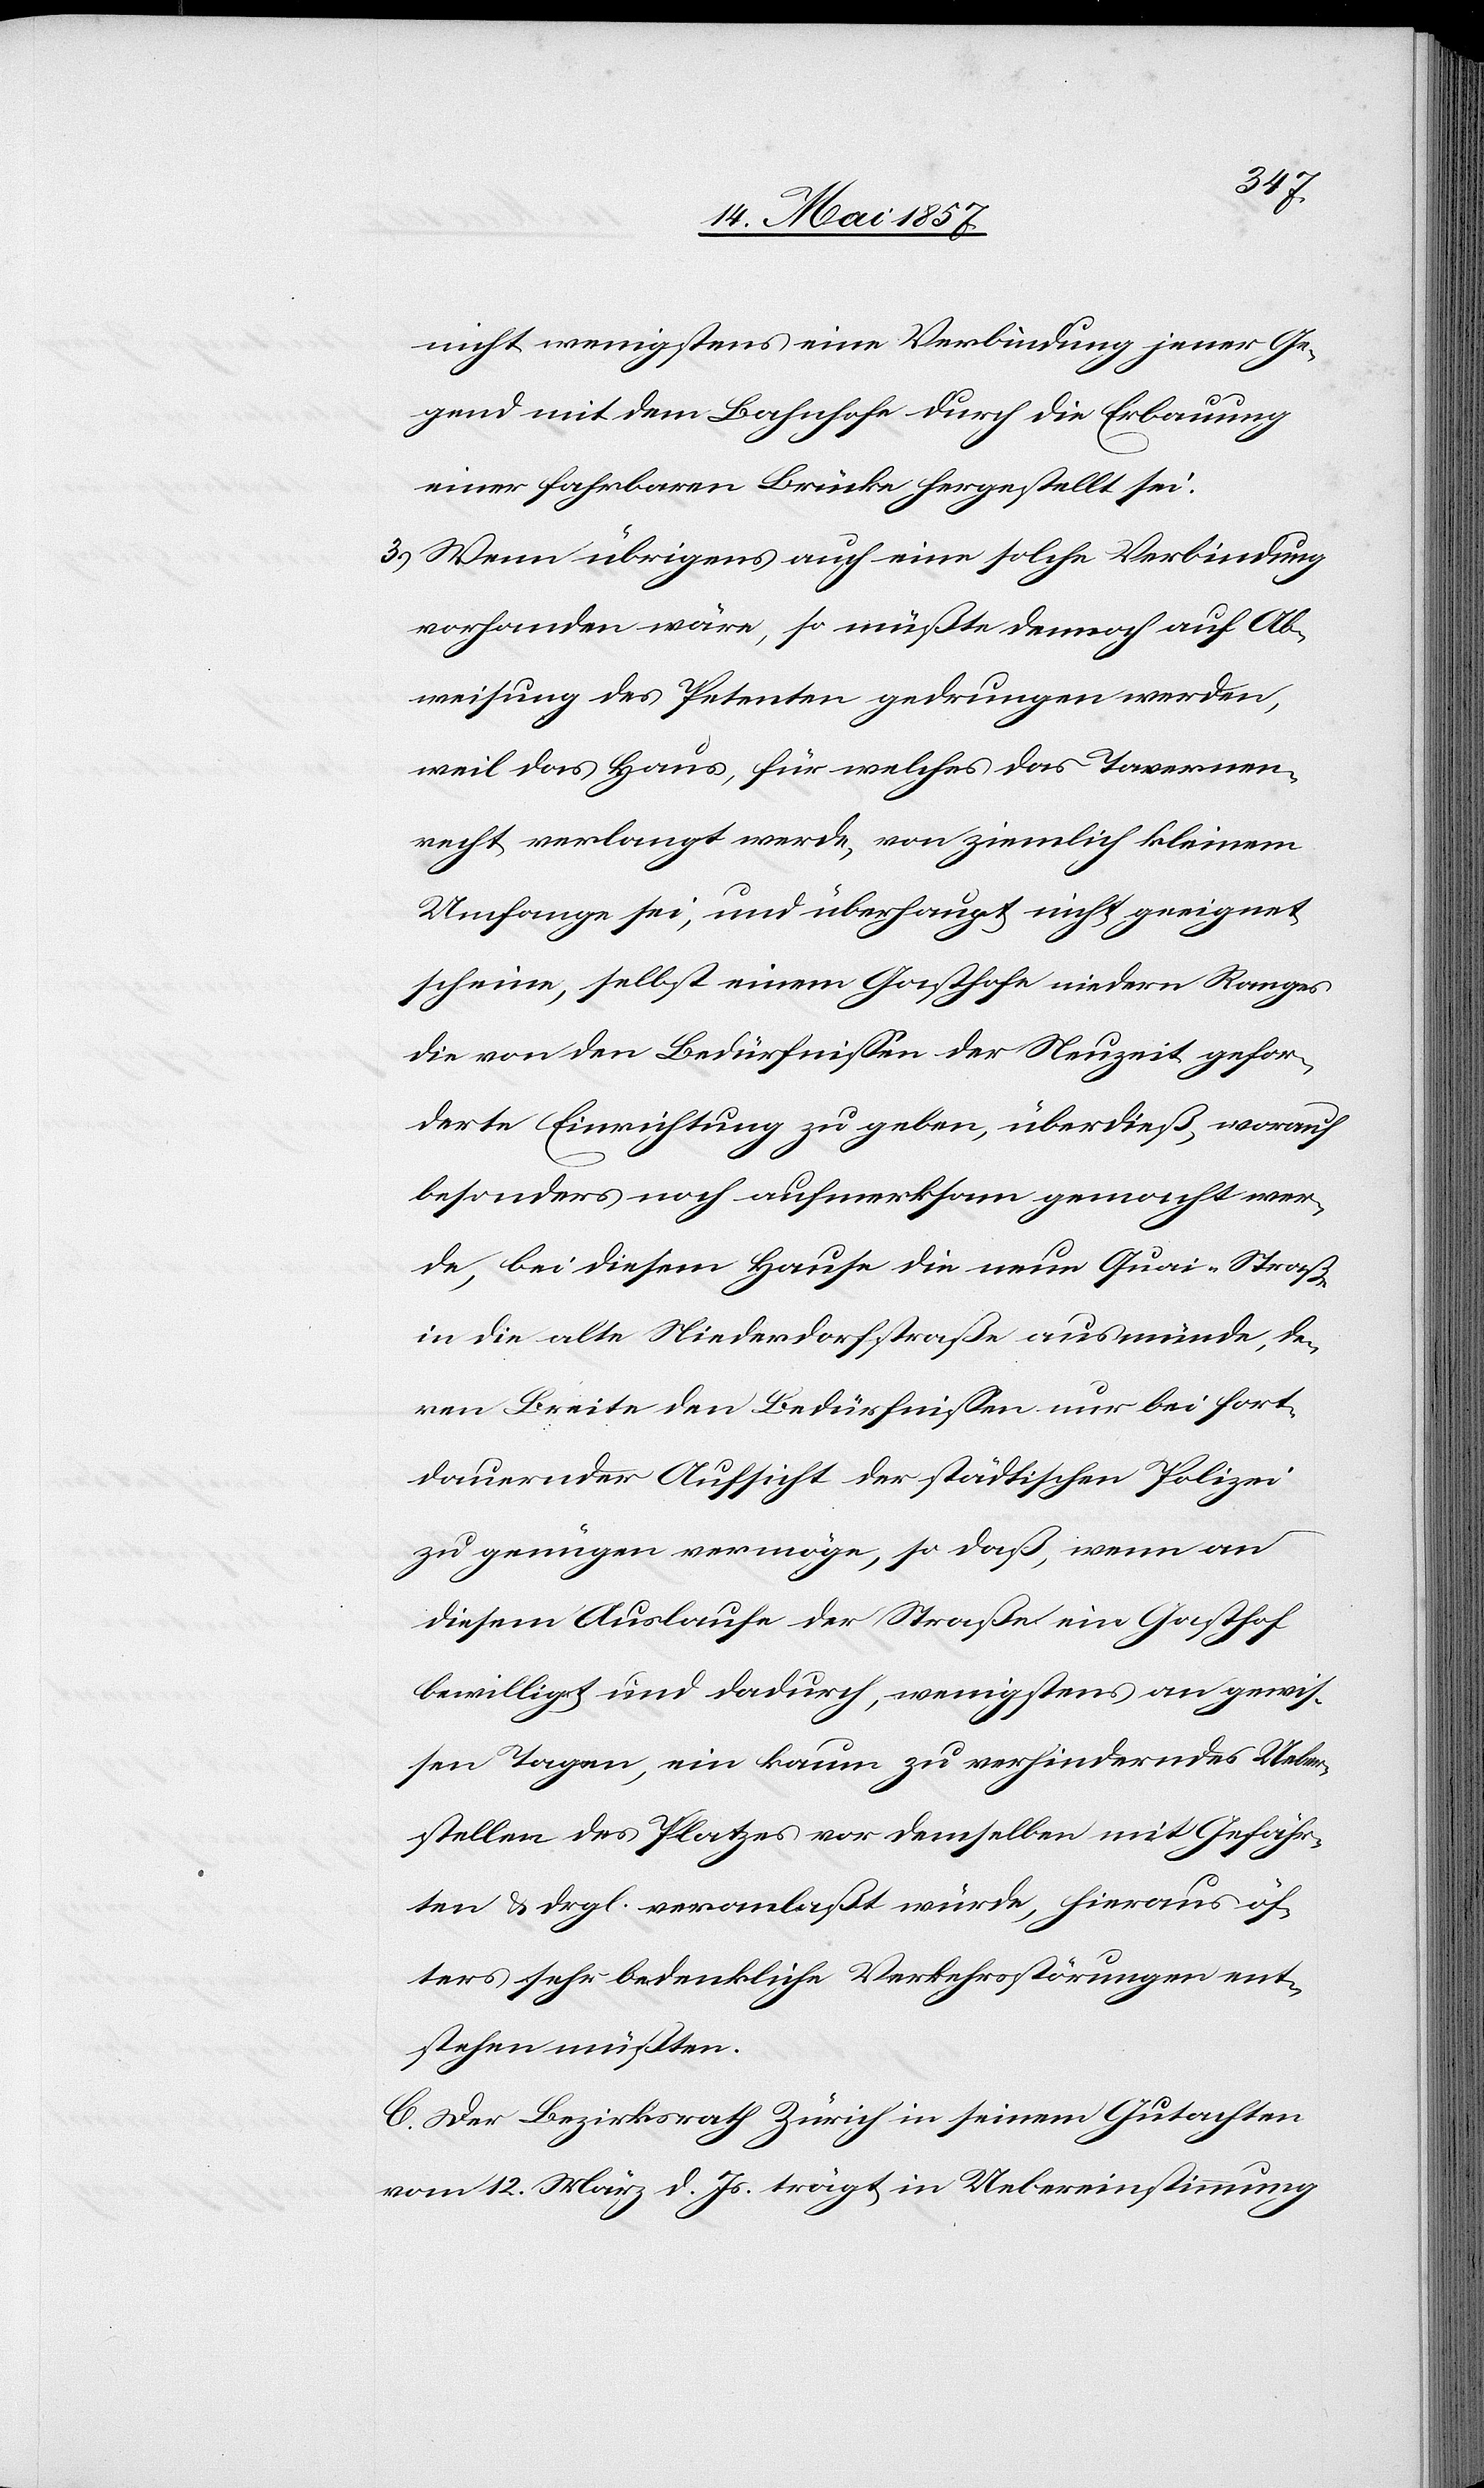
nicht wenigstens eine Verbindung jener Ge¬
gend mit dem Bahnhofe durch die Erbauung
einer fahrbaren Brücke hergestellt sei.
3.) Wenn übrigens auch eine solche Verbindung
vorhanden wäre, so müßte dennoch auf Ab¬
weisung des Petenten gedrungen werden,
weil das Haus, für welches das Tavernen¬
recht verlangt werde, von ziemlich kleinem
Umfange sei, und überhaupt nicht geeignet
scheine, selbst einem Gasthofe niedern Ranges
die von den Bedürfnissen der Neuzeit gefor¬
derte Einrichtung zu geben, überdieß, worauf
besonders noch aufmerksam gemacht wer¬
de, bei diesem Hause die neue Quai-Straße
in die alte Niederdorfstraße ausmünde, de¬
ren Breite den Bedürfnissen nur bei fort¬
dauernder Aufsicht der städtischen Polizei
zu genügen vermöge, so daß, wenn an
diesem Auslaufe der Straße ein Gasthof
bewilligt und dadurch, wenigstens an gewis¬
sen Tagen, ein kaum zu verhinderndes Ueber¬
stellen des Platzes vor demselben mit Gefähr¬
ten & drgl. veranlaßt würde, hieraus öf¬
ters sehr bedenkliche Verkehrsstörungen ent¬
stehen müßten.
C. Der Bezirksrath Zürich in seinem Gutachten
vom 12 März d. Js. trägt in Uebereinstimmung